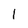
Character: 1